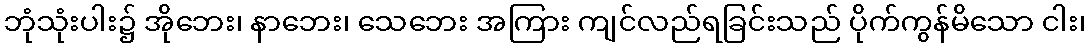
ဘုံသုံးပါး၌ အိုဘေး၊ နာဘေး၊ သေဘေး အကြား ကျင်လည်ရခြင်းသည် ပိုက်ကွန်မိသော ငါး၊